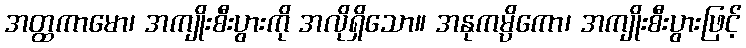
အတ္ထကာမော၊ အကျိုးစီးပွားကို အလိုရှိသော။ အနုကမ္ပိကော၊ အကျိုးစီးပွားဖြင့်